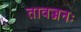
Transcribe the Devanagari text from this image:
तावज्जनः